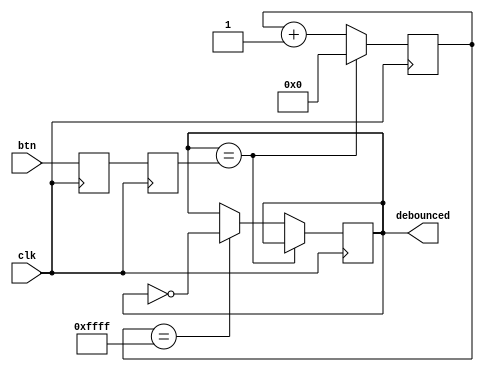
`timescale 1ns / 1ps
//////////////////////////////////////////////////////////////////////////////////
// Company: 
// Engineer: 
// 
// Design Name: 
// Module Name: debounce
// Project Name: 
// Target Devices: 
// Tool Versions: 
// Description: 
// 
// Dependencies: 
// 
// Revision:
// Revision 0.01 - File Created
// Additional Comments:
// 
//////////////////////////////////////////////////////////////////////////////////


module debounce(
    input clk,
    input btn,
    output debounced
    );
    
    reg debounce_temp;
    reg [15:0] counter;
    reg sync_to_clk0;
    reg sync_to_clk1;
    
    always @ (posedge clk) begin
        sync_to_clk0 <= btn;
    end
    
    always @ (posedge clk) begin
        sync_to_clk1 <= sync_to_clk0;
    end
    
    always @ (posedge clk) begin
        if (debounce_temp == sync_to_clk1) begin
            counter <= 0;
        end
        else begin 
            counter <= counter + 1'b1;
            if (counter == 16'hffff) begin
                debounce_temp <= ~debounced;
            end
        end
    end
    assign debounced = debounce_temp;
    
endmodule